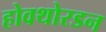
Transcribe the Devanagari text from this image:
होवथोरडन